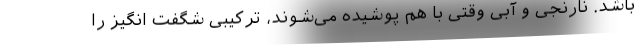
باشد. نارنجی و آبی وقتی با هم پوشیده می‌شوند، ترکیبی شگفت انگیز را